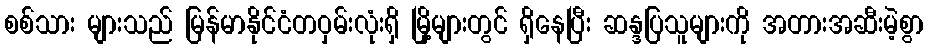
စစ်သား များသည် မြန်မာနိုင်ငံတဝှမ်းလုံးရှိ မြို့များတွင် ရှိနေပြီး ဆန္ဒပြသူများကို အတားအဆီးမဲ့စွာ